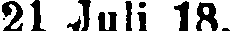
21 Juli 18.